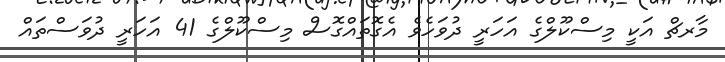
މާރޗް އަކީ މިސްކޫލްގެ އަހަރީ ދުވަހެވެ އެގޮތައްގޮސް މިސްކޫލްގެ 41 އަހަރީ ދުވަސްތައް